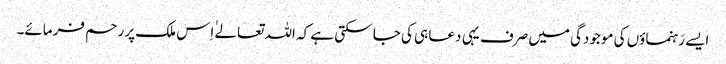
ایسے رَہنماؤں کی موجودگی میں صرف یہی دعا ہی کی جا سکتی ہے کہ اللہ تعالےٰ اِس ملک پر رحم فرمائے۔